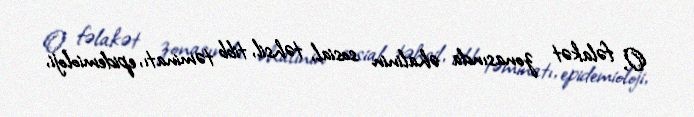
O, fəlakət zonasında əhalinin sosial, təhsil, tibb təminatı, epidemioloji,